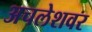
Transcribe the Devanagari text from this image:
अचलेशवर